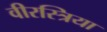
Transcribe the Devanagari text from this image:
वीरस्त्रिया